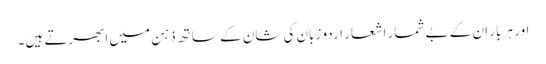
اور ہر بار ان کے بے شمار اشعار اردو زبان کی شان کے ساتھ ذہن میں ابھرتے ہیں۔